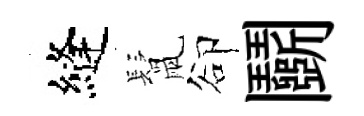
縫鬛卻鬬